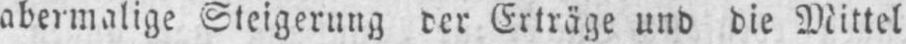
abermalige Steigerung der Erträge und die Mittel